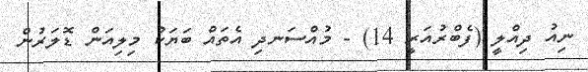
ނިއު ދިއްލީ (ފެބްރުއަރީ 14) - މުއްސަނދި އެތައް ބަޔަކު މިލިއަން ޑޮލަރުން